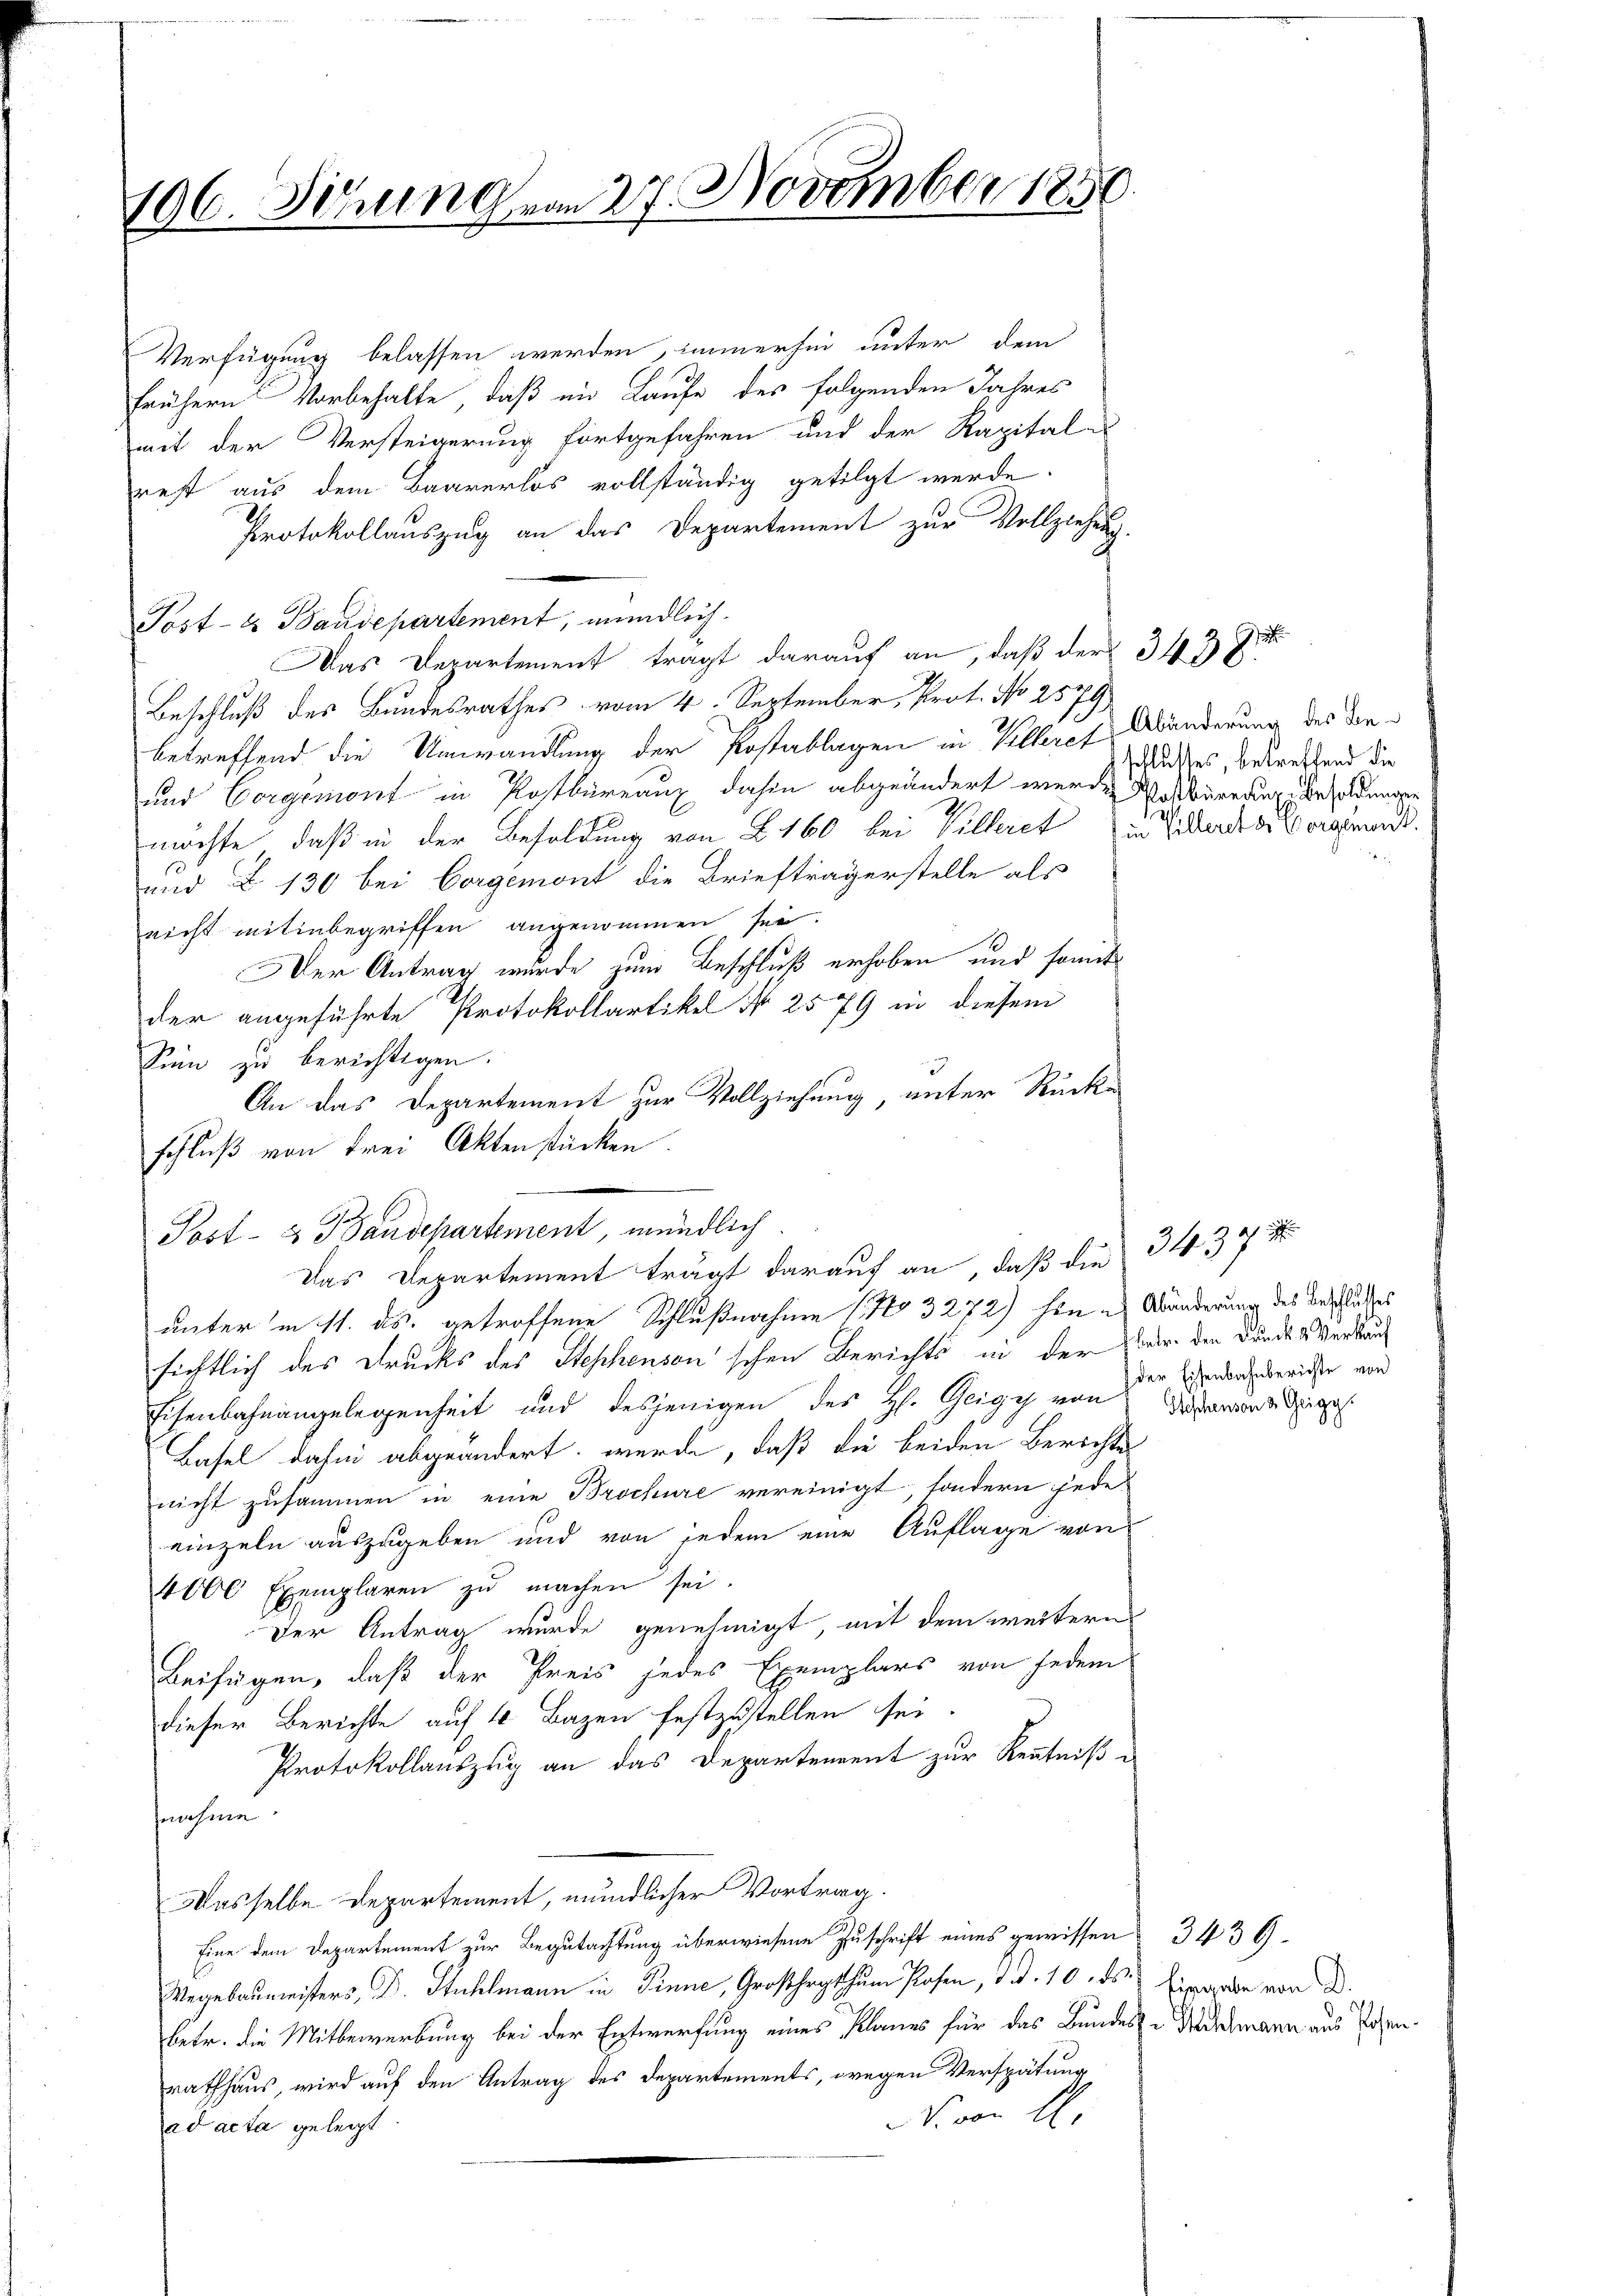
196. Sirung vom 27. November 1850.

Verfügung belassen werden, immerhin unter dem
frühern Vorbehalte, daß im Laufe des folgenden Jahres
mit der Versteigerung fortgefahren und der Kapital-
rest aus dem Baarerlös vollständig getilgt werde.
Protokollauszug an das Departement zur Vollziehung.
Post- & Baudepartement, mündlich.
Das Departement tragt darauf an, daß der 343
Beschluß des Bundesrathes vom 4. September, Prot. No 2579,
betreffend die Umwandlung der Postablagen in Velleres Abänderung des Don¬
und Corgemont in Postbureaux dahin abgeändert werden Wisberedung Besoldungen
möchte, daß in der Besoldung von § 160 bei Villeret in Billerdiese Vorgenau
und Z. 130 bei Corgemont die Briefträgerstelle als
nicht mitinbegriffen angenommen sei.
Der Antrag wurde zum Beschluß erhoben und somit
der angeführte Protokollartikel No 2579 in diesem
Sinn zu berichtigen.
3
unter in 11. ds. getroffene Schlußnahme (No 3272) hin es Abänderung des Beschlusses
sichtlich des Drucks des Stephenson’schen Berichts in der er der Bundes Verkau¬
Eisenbahnangelegenheit und desjenigen des H. Geigy von
Basel dahin abgeändert werde, daß die beiden Berichte
nicht zusammen in eine Brochüre vereinigt, sondern jede
einzeln auszugeben und von jedem eine Auflage von
4000 Exemplaren zŭ machen sei.
Der Antrag wurde genehmigt, mit dem weitern
Beifügen, daß der Preis jedes Exemplars von jedem
dieser Berichte auf 4 Bazen festzustellen sei.
Protokollauszug an das Departement zur Kenntniß
nnahme
Dasselbe Departement, mündlicher Vortrag.
Eine dem Departement zur Begutachtung überwiesene Zuschrift eines gewissen 343 9-
Wegebaumeisters, Dr. Stuhlmann in Finne, Großhogthum Posen, d. d. 10. ds. Einrede von d.
betr. die Mitbewerbung bei der Entwerfung eines Planes für das Bundes-Reddelmann aus Posenrathhaus, wird auf den Antrag des Departements, wegen Verspätung
N. von E.
ad acta geleit

An das Departement zur Vollziehung, unter Rück-
schluß von Frei Aktenstücken.
Post- & Baudepartement, mündlich
Das Departement trägt darauf an, daß die 3437

schlattes, betreffend die
s

der Eisenbahnberichte von
Stischenson 2 Geigg.